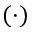
( \cdot )